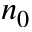
n _ { 0 }